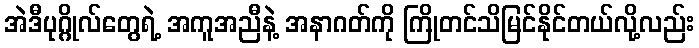
အဲဒီပုဂ္ဂိုလ်တွေရဲ့ အကူအညီနဲ့ အနာဂတ်ကို ကြိုတင်သိမြင်နိုင်တယ်လို့လည်း